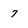
Character: 7